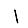
Digit: 1